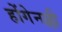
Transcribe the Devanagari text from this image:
होंगेनल्ली